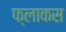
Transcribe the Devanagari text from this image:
फ्लाकस